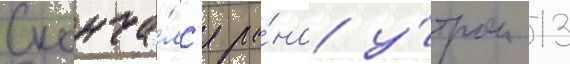
Сконча́лс'я ра́но у́тром 13